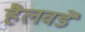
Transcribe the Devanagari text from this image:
हैलवर्डे